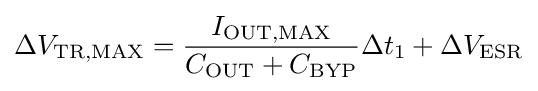
\Delta V_{\text{TR,MAX}}={\frac {I_{\text{OUT,MAX}}}{C_{\text{OUT}}+C_{\text{BYP}}}}\Delta t_{1}+{\Delta V_{\text{ESR}}}